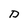
Character: D